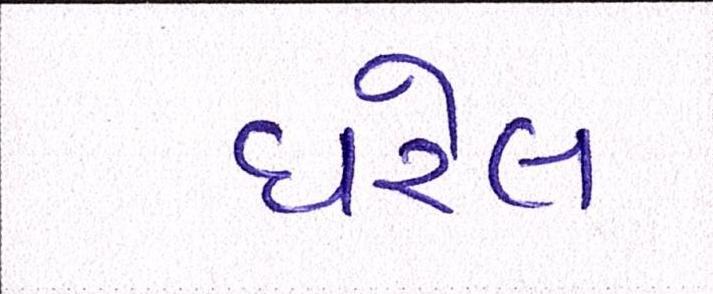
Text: ધરેલ